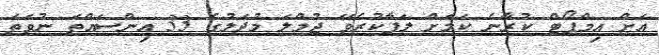
އަށް އިމްޕޯޓް ކުރާނެ ކަމަށް ލަފާކުރެވޭ ޖުމްލަ މުދަލުގެ 33 އިންސައްތަ ނުވަތަ